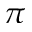
\pi